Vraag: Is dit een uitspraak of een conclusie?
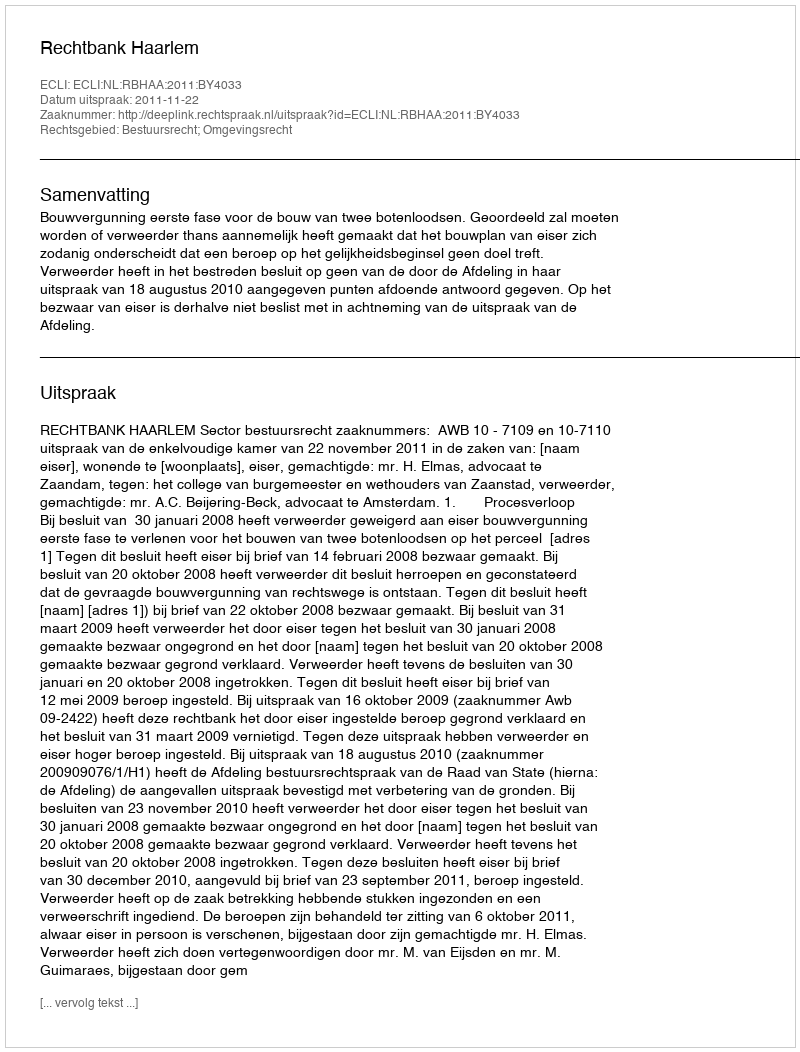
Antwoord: Uitspraak